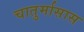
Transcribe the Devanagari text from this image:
चातुर्मासास